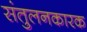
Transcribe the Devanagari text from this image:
संतुलनकारक